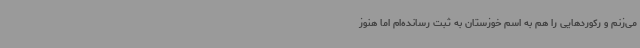
می‌زنم و رکوردهایی را هم به اسم خوزستان به ثبت رسانده‌ام اما هنوز